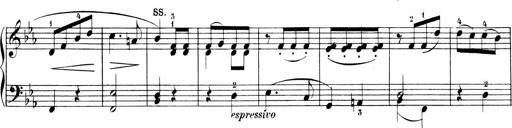
Title: 6 Sonatinas
Composer: Carl Reinecke